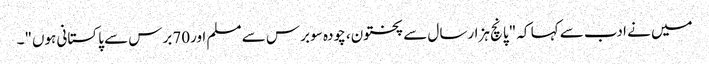
میں نے ادب سے کہا کہ "پانچ ہزارسال سے پختون، چودہ سو برس سے مسلم اور70برس سے پاکستانی ہوں"۔